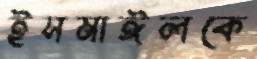
ইসমাঈলকে